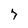
Character: 7